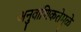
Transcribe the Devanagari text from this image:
अनुवांशिकतेमुळे